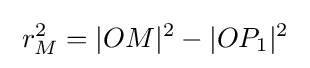
\;r_{M}^{2}=|OM|^{2}-|OP_{1}|^{2}\;